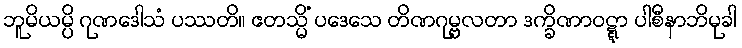
ဘူမိယမ္ပိ ဂုဏဒေါသံ ပဿတိ။ ဧတသ္မိံ ပဒေသေ တိဏဂုမ္ဗလတာ ဒက္ခိဏာဝဋ္ဋာ ပါစီနာဘိမုခါ